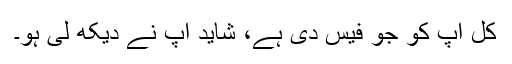
کل آپ کو جو فیس دی ہے، شاید آپ نے دیکھ لی ہو۔